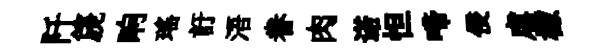
阡篪晌瑤訏浯眷肉诺怛啼侵虐檬